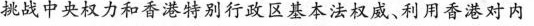
挑战中央权力和香港特别行政区基本法权威、利用香港对内